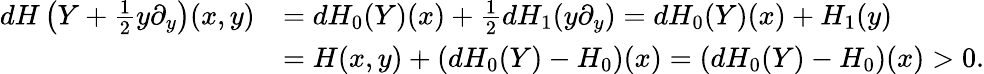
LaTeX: \begin{array}{rl}{dH\left(Y+\frac{1}{2}y\partial_{y}\right)(x,y)}&{=dH_{0}(Y)(x)+\frac{1}{2}dH_{1}(y\partial_{y})=dH_{0}(Y)(x)+H_{1}(y)}\\ &{=H(x,y)+(dH_{0}(Y)-H_{0})(x)=(dH_{0}(Y)-H_{0})(x)>0.}\end{array}